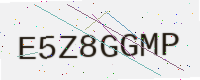
Text: E5Z8GGMP